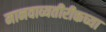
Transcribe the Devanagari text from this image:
मानवाव्यतीरीक्तच्या